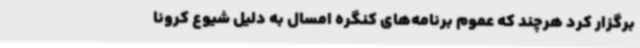
برگزار کرد هرچند که عموم برنامه‌های کنگره امسال به دلیل شیوع کرونا